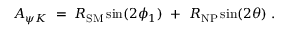
{ \cal A } _ { \psi K } \; = \; R _ { \mathrm { S M } } \sin ( 2 \phi _ { 1 } ) ~ + ~ R _ { \mathrm { N P } } \sin ( 2 \theta ) \; .